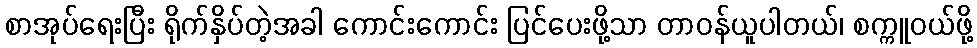
စာအုပ်ရေးပြီး ရိုက်နှိပ်တဲ့အခါ ကောင်းကောင်း ပြင်ပေးဖို့သာ တာဝန်ယူပါတယ်၊ စက္ကူဝယ်ဖို့